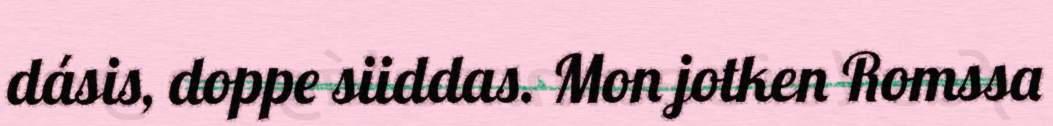
dásis, doppe siiddas. Mon jotken Romssa